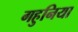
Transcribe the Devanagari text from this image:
गहुनिया